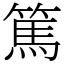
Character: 篤